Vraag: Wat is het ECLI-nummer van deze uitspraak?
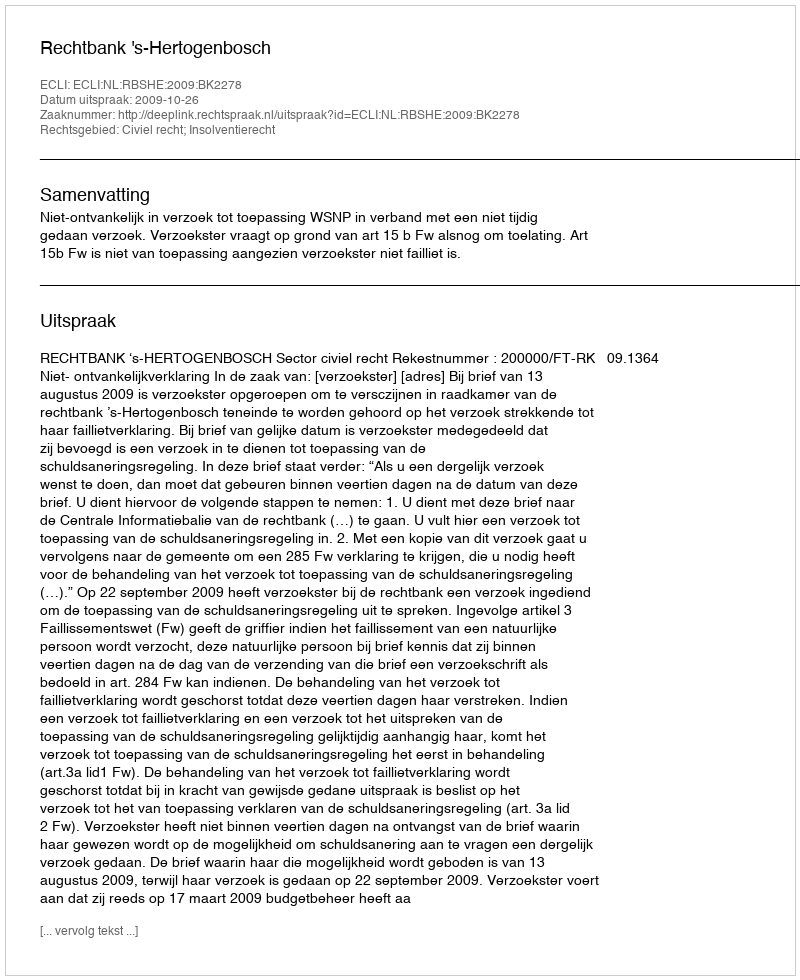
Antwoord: ECLI:NL:RBSHE:2009:BK2278